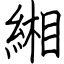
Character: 緗